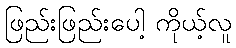
ဖြည်းဖြည်းပေါ့ ကိုယ့်လူ